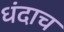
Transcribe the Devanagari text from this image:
धंदाच